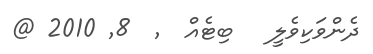
ދެންވަކިވެލީ   ބިޓެއް